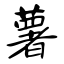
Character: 薯